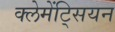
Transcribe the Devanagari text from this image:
क्लेमेंट्सियन